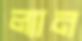
ল্যান